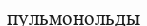
пульмонольды